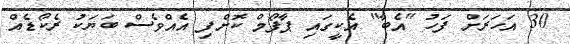
30 އަހަރަށް ފަހު "އެބާ" އެކީގައި ޕާފޯމް ކޮށްފި އެއްވެސް ބަޔަކު ރެކޯޑެއް